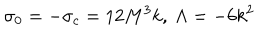
\sigma _ { 0 } = - \sigma _ { c } = 1 2 M ^ { 3 } k , ~ \Lambda = - 6 k ^ { 2 }